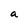
Character: a